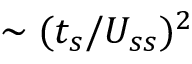
\sim ( t _ { s } / U _ { s s } ) ^ { 2 }